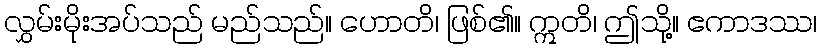
လွှမ်းမိုးအပ်သည် မည်သည်။ ဟောတိ၊ ဖြစ်၏။ ဣတိ၊ ဤသို့။ ဧကာဒဿ၊